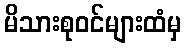
မိသားစုဝင်များထံမှ